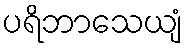
ပရိဘာသေယျံ